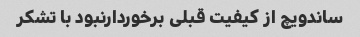
ساندویچ از کیفیت قبلی برخوردارنبود با تشکر